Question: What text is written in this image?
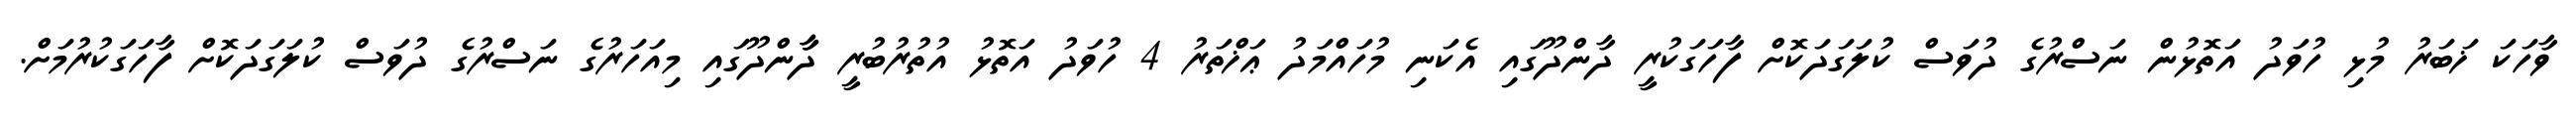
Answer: ވާހަކަ ޚަބަރު މުޅި ހުވަދު އަތޮޅުން ނަސްރުގެ ދުވަސް ކުލަގަދަކޮށް ފާހަގަކުރީ ދާންދޫގައި އެކަނި މުހައްމަދު ޢަޚްތަރު 4 ހުވަދު އަތޮޅު އުތުރުބުރީ ދާާންދޫގައި މިއަހަރުގެ ނަސްރުގެ ދުވަސް ކުލަގަދަކޮށް ފާހަގަކުރުމަށް.